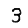
Digit: 3